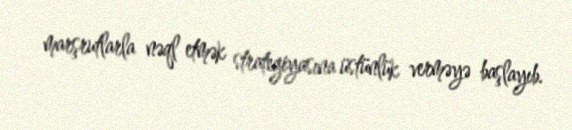
marşrutlarla nəql etmək strategiyasına üstünlük verməyə başlayıb.